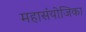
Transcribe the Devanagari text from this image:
महासंयोजिका